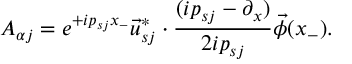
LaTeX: A _ { \alpha j } = e ^ { + i p _ { s j } x _ { - } } \vec { u } _ { s j } ^ { * } \cdot \frac { ( i p _ { s j } - \partial _ { x } ) } { 2 i p _ { s j } } \vec { \phi } ( x _ { - } ) .